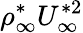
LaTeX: \rho_{\infty}^{\ast}U_{\infty}^{\ast 2}